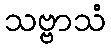
သဗ္ဗာသံ